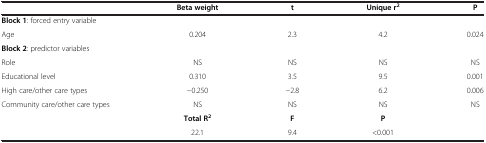
<table><thead><tr><td><b> </b></td><td><b>Beta weight</b></td><td><b>t</b></td><td><b>Unique r<sup>2</sup></b></td><td><b>P</b></td></tr></thead><tbody><tr><td><b>Block 1</b>: forced entry variable</td><td> </td><td> </td><td> </td><td> </td></tr><tr><td>Age</td><td>0.204</td><td>2.3</td><td>4.2</td><td>0.024</td></tr><tr><td><b>Block 2</b>: predictor variables</td><td> </td><td> </td><td> </td><td> </td></tr><tr><td>Role</td><td>NS</td><td>NS</td><td>NS</td><td>NS</td></tr><tr><td>Educational level</td><td>0.310</td><td>3.5</td><td>9.5</td><td>0.001</td></tr><tr><td>High care/other care types</td><td>−0.250</td><td>−2.8</td><td>6.2</td><td>0.006</td></tr><tr><td>Community care/other care types</td><td>NS</td><td>NS</td><td>NS</td><td>NS</td></tr><tr><td> </td><td><b>Total R</b><sup><b>2</b></sup></td><td><b>F</b></td><td><b>P</b></td><td> </td></tr><tr><td> </td><td>22.1</td><td>9.4</td><td>&lt;0.001</td><td> </td></tr></tbody></table>